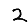
Digit: 2